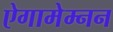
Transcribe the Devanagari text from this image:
ऐगामेम्नन